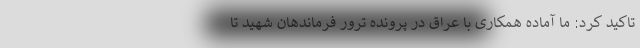
تاکید کرد: ما آماده همکاری با عراق در پرونده ترور فرماندهان شهید تا